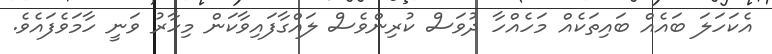
އެކަހަލަ ބައެއް ބައިތަކެއް މަހެއްހާ ދުވަސް ކުރިންވެސް ލައްގާފައިވާކަން މިހާރު ވަނީ ހާމަވެފައެވެ.